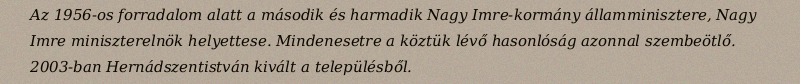
Az 1956-os forradalom alatt a második és harmadik Nagy Imre-kormány államminisztere, Nagy Imre miniszterelnök helyettese. Mindenesetre a köztük lévő hasonlóság azonnal szembeötlő. 2003-ban Hernádszentistván kivált a településből.